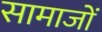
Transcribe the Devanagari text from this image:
सामाजों